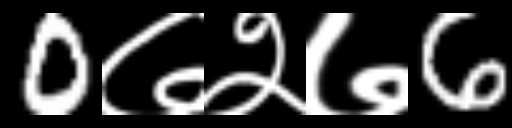
Text: 0७२७6